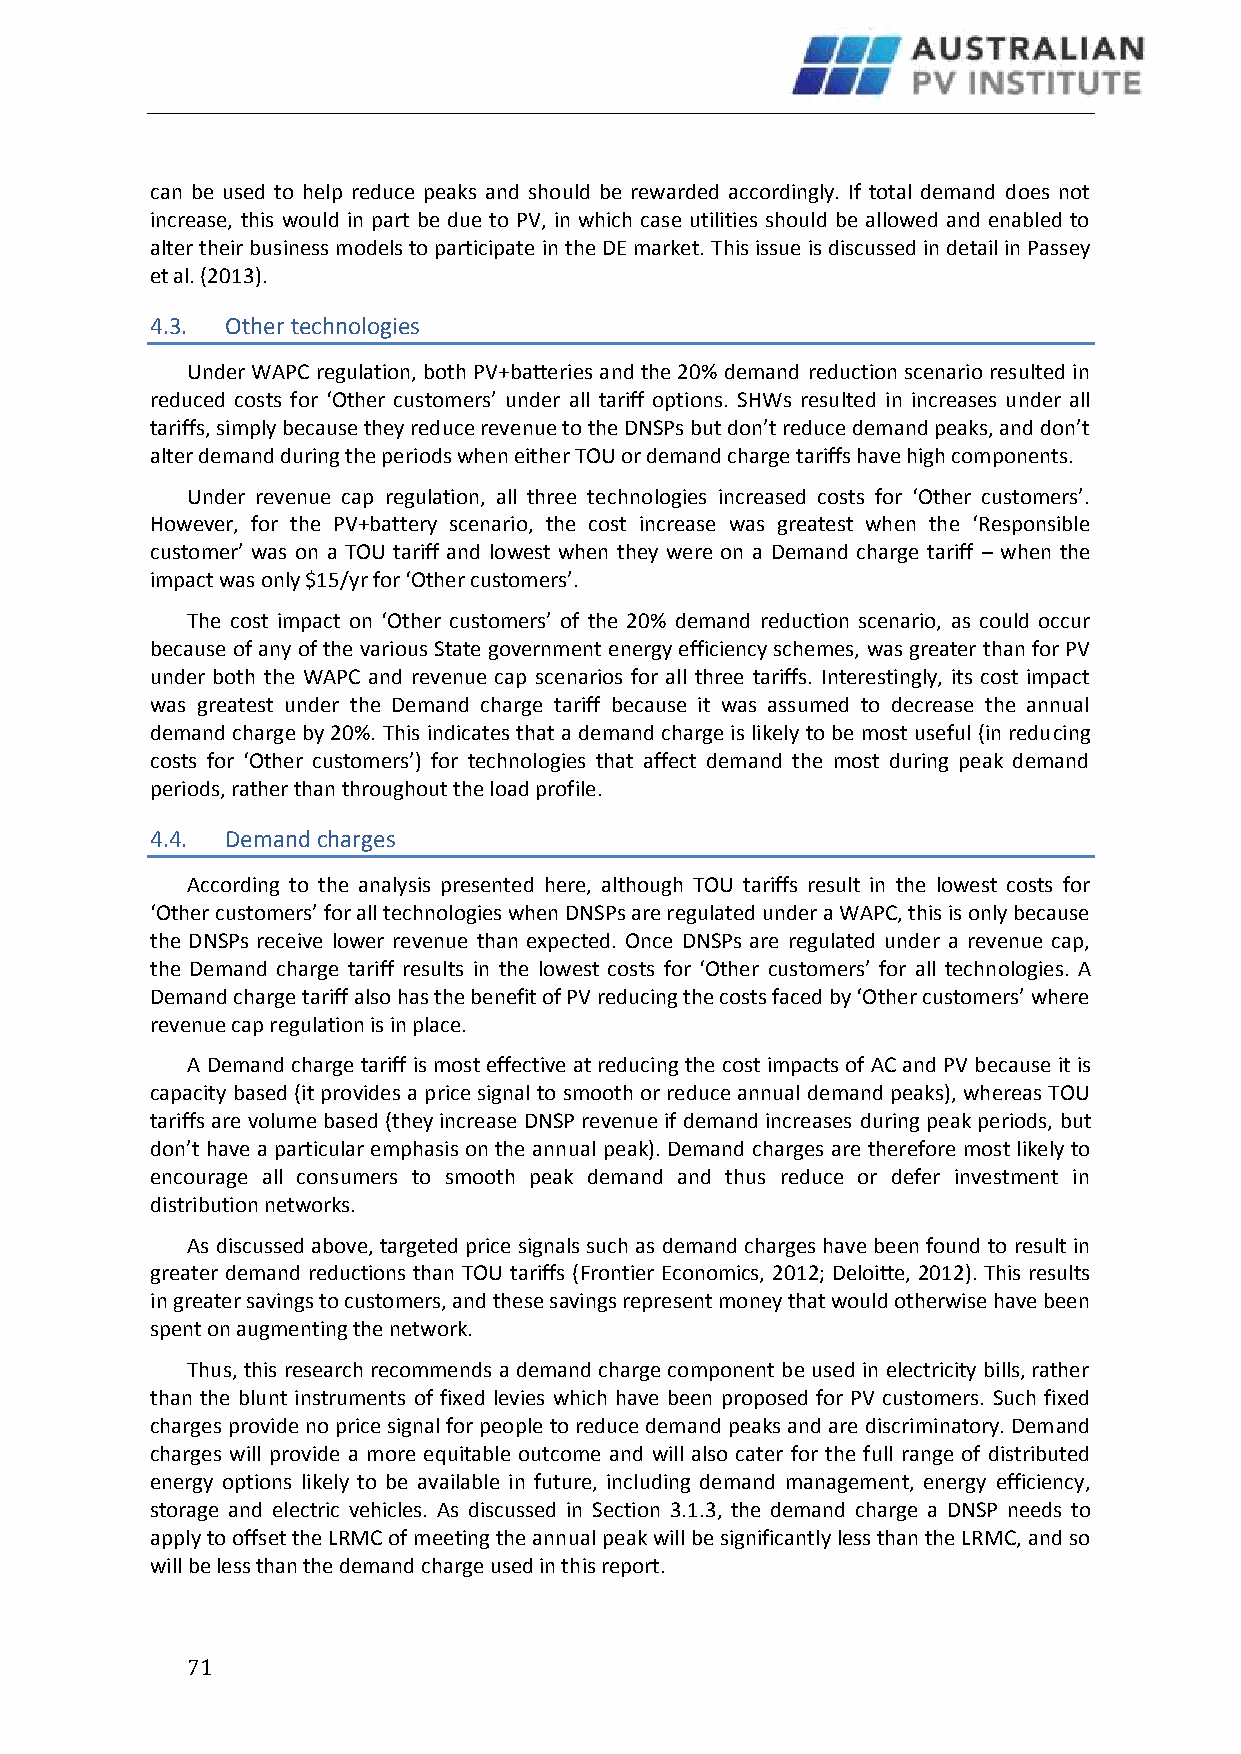
can be used to help reduce peaks and should be rewarded accordingly. If total demand does not
 increase, this would in part be due to PV, in which case utilities should be allowed and enabled to
 alter their business models to participate in the DE market. This issue is discussed in detail in Passey
 et al. (2013).
 4.3. Other technologies
 Under WAPC regulation, both PV+batteries and the 20% demand reduction scenario resulted in
 reduced costs for ‘Other customers’ under all tariff options. SHWs resulted in increases under all
 tariffs, simply because they reduce revenue to the DNSPs but don’t reduce demand peaks, and don’t
 alter demand during the periods when either TOU or demand charge tariffs have high components.
 Under revenue cap regulation, all three technologies increased costs for ‘Other customers’.
 However, for the PV+battery scenario, the cost increase was greatest when the ‘Responsible
 customer’ was on a TOU tariff and lowest when they were on a Demand charge tariff – when the
 impact was only $15/yr for ‘Other customers’.
 The cost impact on ‘Other customers’ of the 20% demand reduction scenario, as could occur
 because of any of the various State government energy efficiency schemes, was greater than for PV
 under both the WAPC and revenue cap scenarios for all three tariffs. Interestingly, its cost impact
 was greatest under the Demand charge tariff because it was assumed to decrease the annual
 demand charge by 20%. This indicates that a demand charge is likely to be most useful (in reducing
 costs for ‘Other customers’) for technologies that affect demand the most during peak demand
 periods, rather than throughout the load profile.
 4.4. Demand charges
 According to the analysis presented here, although TOU tariffs result in the lowest costs for
 ‘Other customers’ for all technologies when DNSPs are regulated under a WAPC, this is only because
 the DNSPs receive lower revenue than expected. Once DNSPs are regulated under a revenue cap,
 the Demand charge tariff results in the lowest costs for ‘Other customers’ for all technologies. A
 Demand charge tariff also has the benefit of PV reducing the costs faced by ‘Other customers’ where
 revenue cap regulation is in place.
 A Demand charge tariff is most effective at reducing the cost impacts of AC and PV because it is
 capacity based (it provides a price signal to smooth or reduce annual demand peaks), whereas TOU
 tariffs are volume based (they increase DNSP revenue if demand increases during peak periods, but
 don’t have a particular emphasis on the annual peak). Demand charges are therefore most likely to
 encourage all consumers to smooth peak demand and thus reduce or defer investment in
 distribution networks.
 As discussed above, targeted price signals such as demand charges have been found to result in
 greater demand reductions than TOU tariffs (Frontier Economics, 2012; Deloitte, 2012). This results
 in greater savings to customers, and these savings represent money that would otherwise have been
 spent on augmenting the network.
 Thus, this research recommends a demand charge component be used in electricity bills, rather
 than the blunt instruments of fixed levies which have been proposed for PV customers. Such fixed
 charges provide no price signal for people to reduce demand peaks and are discriminatory. Demand
 charges will provide a more equitable outcome and will also cater for the full range of distributed
 energy options likely to be available in future, including demand management, energy efficiency,
 storage and electric vehicles. As discussed in Section 3.1.3, the demand charge a DNSP needs to
 apply to offset the LRMC of meeting the annual peak will be significantly less than the LRMC, and so
 will be less than the demand charge used in this report.
 7 1